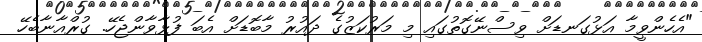
"އެހެންވީމާ އަޅުގަނޑަށް ވިސްނޭގޮތުގައި މި މަރުކަޒުގެ ދައުރު މާބޮޑަށް އެބަ ފުޅާވާންޖެހޭ. ގުރްއާނާބެހޭ